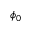
\phi _ { 0 }